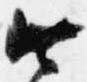
今